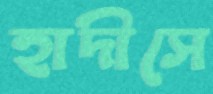
হাদীসে